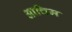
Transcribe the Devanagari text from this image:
आचिम